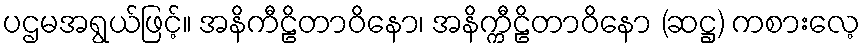
ပဌမအရွယ်ဖြင့်။ အနိကီဠိတာဝိနော၊ အနိက္ကီဠိတာဝိနော (ဆဋ္ဌ) ကစားလေ့